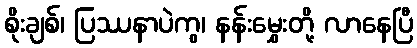
စိုးချစ်၊ ပြဿနာပဲကွ၊ နန်းမွှေးတို့ လာနေပြီ